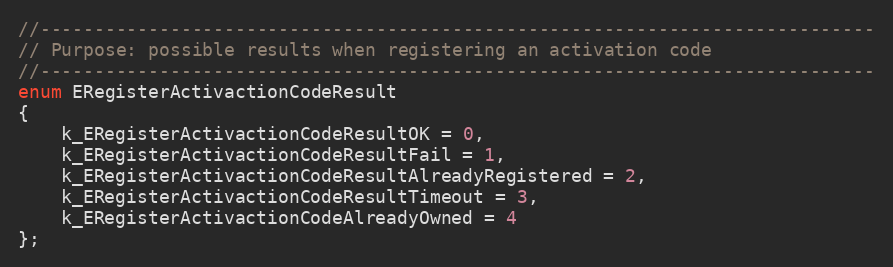
Language: C
//-----------------------------------------------------------------------------
// Purpose: possible results when registering an activation code
//-----------------------------------------------------------------------------
enum ERegisterActivactionCodeResult
{
	k_ERegisterActivactionCodeResultOK = 0,
	k_ERegisterActivactionCodeResultFail = 1,
	k_ERegisterActivactionCodeResultAlreadyRegistered = 2,
	k_ERegisterActivactionCodeResultTimeout = 3,
	k_ERegisterActivactionCodeAlreadyOwned = 4
};